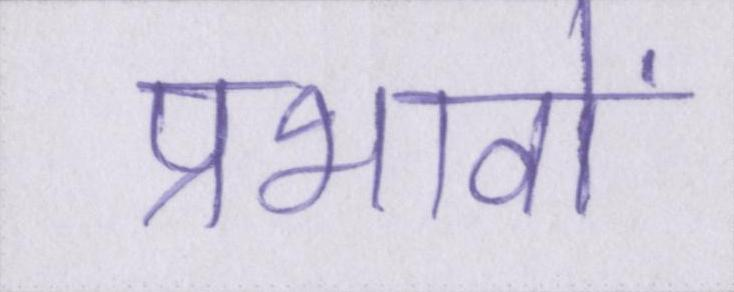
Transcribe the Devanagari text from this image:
प्रभावों